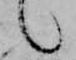
候